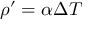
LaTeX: \rho ^ { \prime } = \alpha \Delta T